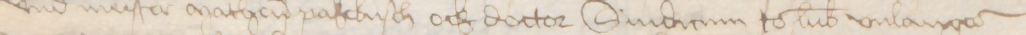
vnd meister Matheus Pakebusch ock doctor Sindicum to Lubeke vnlangeder